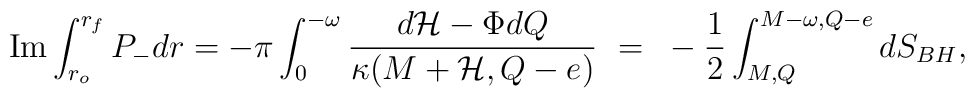
\mbox{Im}\int_{r_o}^{r_{f}}P_{-}dr = -\pi\int^{-\omega }_{0}{\frac{ d{\cal H} - \Phi dQ}{\kappa(M+{\cal H},Q-e)}}~=~-\frac{1}{2} \int_{M,Q}^{M-\omega, Q-e} dS_{BH},